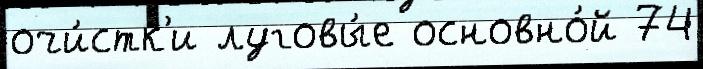
очи́стк'и луговы́е основно́й 74